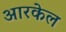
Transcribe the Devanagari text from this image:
आरकेल